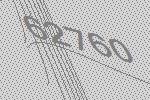
62760